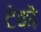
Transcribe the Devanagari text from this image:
टेको